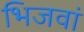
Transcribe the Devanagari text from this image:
भिजवां